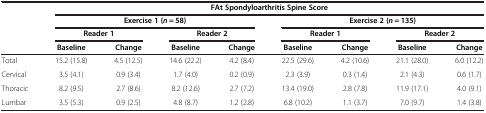
<table><thead><tr><td><b> </b></td><td colspan="8"><b>FAt Spondyloarthritis Spine Score</b></td></tr><tr><td><b> </b></td><td colspan="4"><b>Exercise 1 (<i>n</i> = 58)</b></td><td colspan="4"><b>Exercise 2 (<i>n</i> = 135)</b></td></tr><tr><td><b> </b></td><td colspan="2"><b>Reader 1</b></td><td colspan="2"><b>Reader 2</b></td><td colspan="2"><b>Reader 1</b></td><td colspan="2"><b>Reader 2</b></td></tr><tr><td><b> </b></td><td><b>Baseline</b></td><td><b>Change</b></td><td><b>Baseline</b></td><td><b>Change</b></td><td><b>Baseline</b></td><td><b>Change</b></td><td><b>Baseline</b></td><td><b>Change</b></td></tr></thead><tbody><tr><td>Total</td><td>15.2 (15.8)</td><td>4.5 (12.5)</td><td>14.6 (22.2)</td><td>4.2 (8.4)</td><td>22.5 (29.6)</td><td>4.2 (10.6)</td><td>21.1 (28.0)</td><td>6.0 (12.2)</td></tr><tr><td>Cervical</td><td>3.5 (4.1)</td><td>0.9 (3.4)</td><td>1.7 (4.0)</td><td>0.2 (0.9)</td><td>2.3 (3.9)</td><td>0.3 (1.4)</td><td>2.1 (4.3)</td><td>0.6 (1.7)</td></tr><tr><td>Thoracic</td><td>8.2 (9.5)</td><td>2.7 (8.6)</td><td>8.2 (12.6)</td><td>2.7 (7.2)</td><td>13.4 (19.0)</td><td>2.8 (7.8)</td><td>11.9 (17.1)</td><td>4.0 (9.1)</td></tr><tr><td>Lumbar</td><td>3.5 (5.3)</td><td>0.9 (2.5)</td><td>4.8 (8.7)</td><td>1.2 (2.8)</td><td>6.8 (10.2)</td><td>1.1 (3.7)</td><td>7.0 (9.7)</td><td>1.4 (3.8)</td></tr></tbody></table>